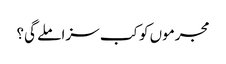
مجرموں کو کب سزا ملے گی؟